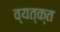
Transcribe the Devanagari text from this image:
व्यत्क्त